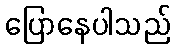
ပြောနေပါသည်